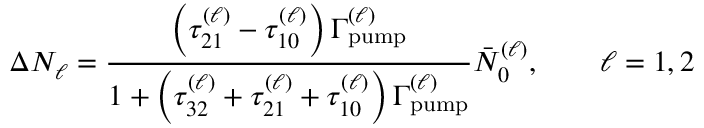
\Delta N _ { \ell } = \frac { \left( \tau _ { 2 1 } ^ { ( \ell ) } - \tau _ { 1 0 } ^ { ( \ell ) } \right) \Gamma _ { \mathrm { p u m p } } ^ { ( \ell ) } } { 1 + \left( \tau _ { 3 2 } ^ { ( \ell ) } + \tau _ { 2 1 } ^ { ( \ell ) } + \tau _ { 1 0 } ^ { ( \ell ) } \right) \Gamma _ { \mathrm { p u m p } } ^ { ( \ell ) } } \bar { N } _ { 0 } ^ { ( \ell ) } , \qquad \ell = 1 , 2